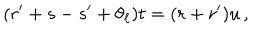
LaTeX: ( r ^ { \prime } + s - s ^ { \prime } + \theta _ { \ell } ) t = ( r + r ^ { \prime } ) u \, ,